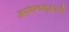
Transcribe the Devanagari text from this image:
अश्वत्थवृक्षाची